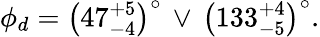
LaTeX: \phi_{d}=\left(47_{-4}^{+5}\right)^{\circ}\, \lor\, \left(133_{-5}^{+4}\right)^{\circ}.